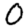
Digit: 0